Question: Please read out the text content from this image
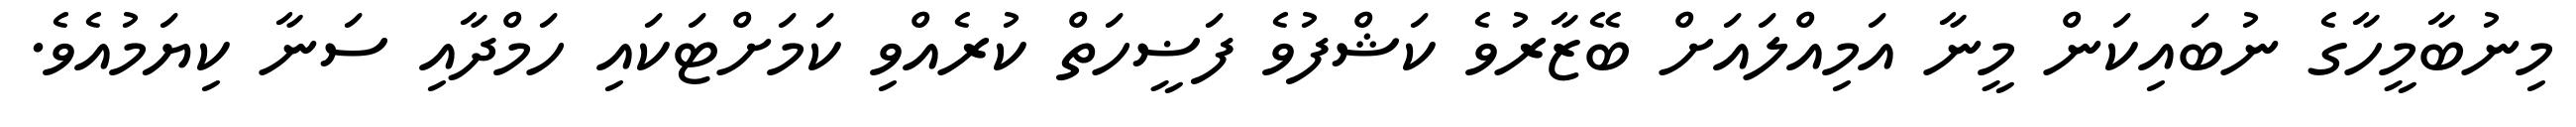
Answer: މިނުބާމީހާގެ ނުބައިކަން މީނާ އަމިއްލައަށް ބޭޒާރުވެ ކަޝްފުވެ ފަޟީހަތް ކުރެއްވި ކަމަށްޓަކައި ހަމްދާއި ސަނާ ކިޔަމުއެވެ.